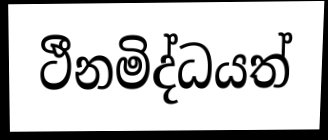
ථීනමිද්ධයත්